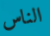
الناس